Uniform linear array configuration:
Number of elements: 32
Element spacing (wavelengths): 1
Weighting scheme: hamming
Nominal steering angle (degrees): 30
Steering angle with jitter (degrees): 28.398
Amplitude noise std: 0.05
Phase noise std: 0.05

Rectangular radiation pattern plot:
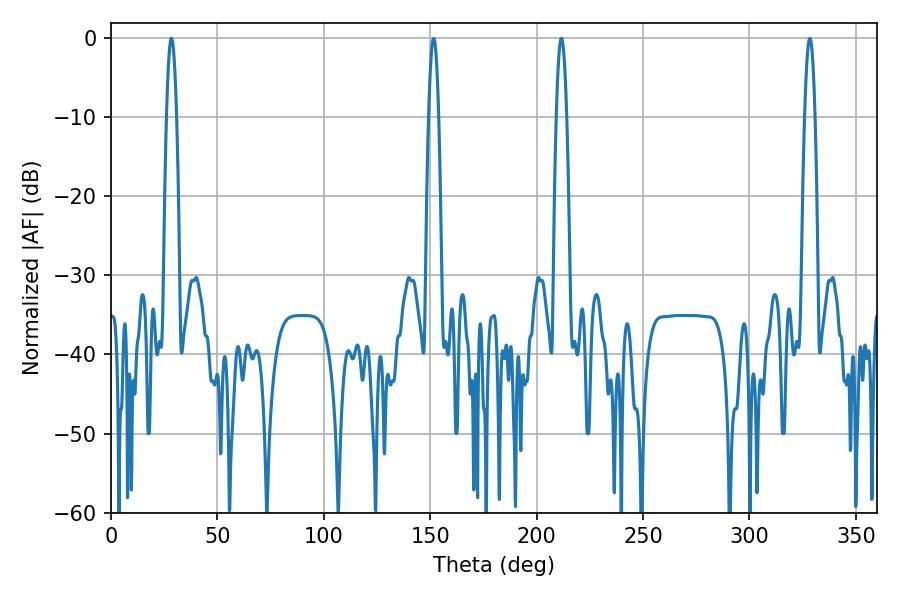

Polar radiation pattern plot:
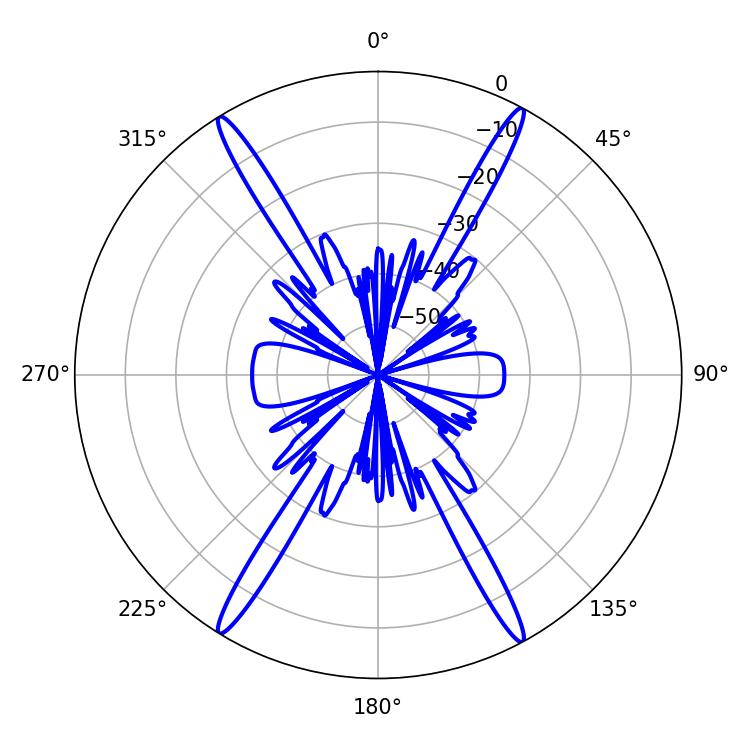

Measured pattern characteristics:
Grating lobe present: TRUE
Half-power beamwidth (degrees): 2.52
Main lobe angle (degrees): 151.56